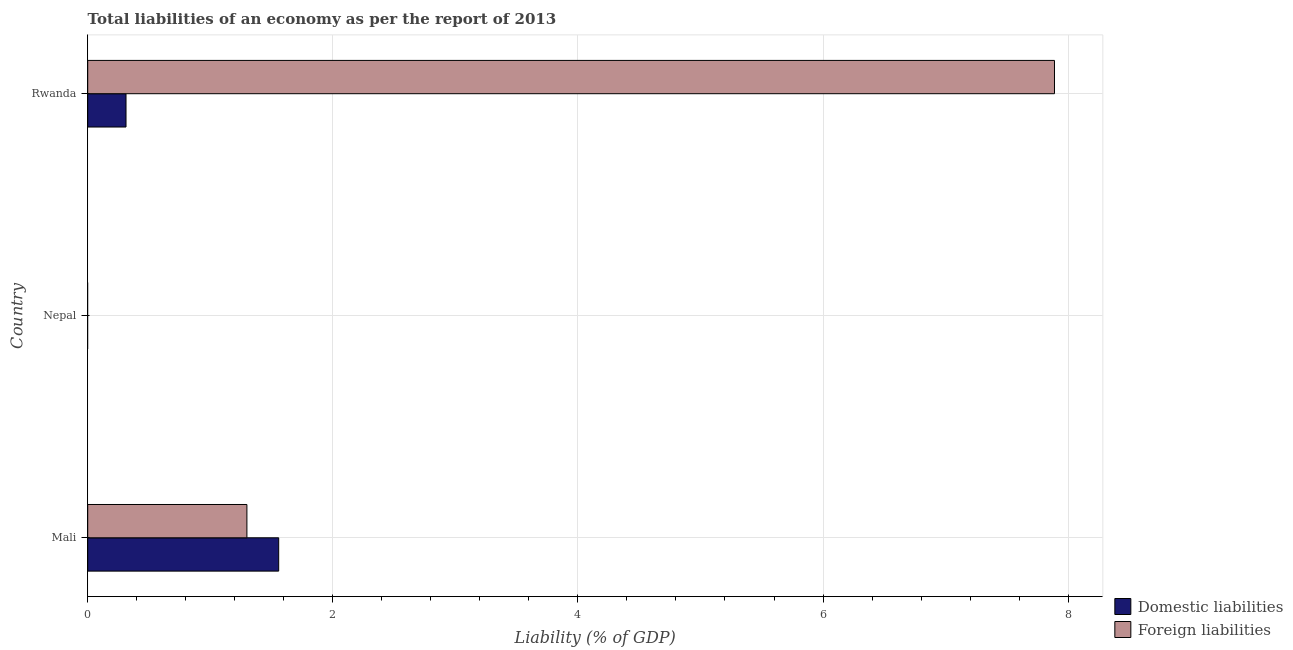
| Country | Domestic liabilities | Foreign liabilities |
 | --- | --- | --- |
 | Mali | 1.56 | 1.3 |
 | Nepal | -1.24 | -0.876 |
 | Rwanda | 0.312 | 7.89 |